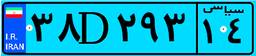
۳۸D۲۹۳۱۴